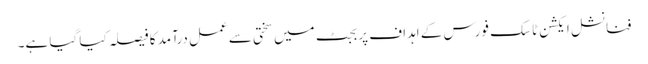
فنانشل ایکشن ٹاسک فورس کے اہداف پر بجٹ میں سختی سے عمل درآمد کا فیصلہ کیا گیا ہے۔